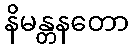
နိမန္တနတော